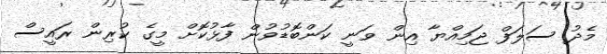
މެދު ސަލަފް ޖަމިއްޔާ އިން ވަނީ ކަންބޮޑުވުން ފާޅުކޮށް މީގެ ކުރިން ރައީސް